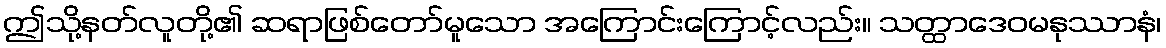
ဤသို့နတ်လူတို့၏ ဆရာဖြစ်တော်မူသော အကြောင်းကြောင့်လည်း။ သတ္ထာဒေဝမနုဿာနံ၊